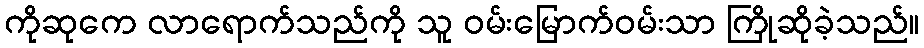
ကိုဆုကေ လာရောက်သည်ကို သူ ဝမ်းမြောက်ဝမ်းသာ ကြိုဆိုခဲ့သည်။